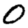
Digit: 0